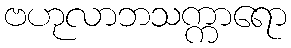
ဗဟုလာဘသက္ကာရော